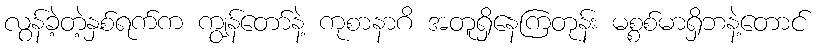
လွန်ခဲ့တဲ့နှစ်ရက်က ကျွန်တော်နဲ့ ကုစာနာဂိ အတူရှိနေကြတုန်း မစ္စစ်မာရှိဘနဲ့တောင်